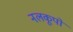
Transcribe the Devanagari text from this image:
नलकूपो